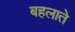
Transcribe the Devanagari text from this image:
बहलाते